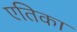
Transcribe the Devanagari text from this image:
एतिका